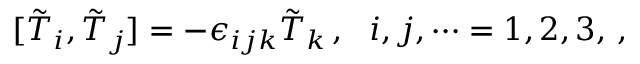
[ \tilde { T } _ { i } , \tilde { T } _ { j } ] = - \epsilon _ { i j k } \tilde { T } _ { k } \, , \, \, \, \, i , j , \cdots = 1 , 2 , 3 , \, ,